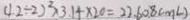
4 2 \div 2 ) ^ { 2 } \times 3 . 1 4 \times 2 0 = 2 2 . 6 0 8 ( m L )